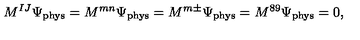
M ^ { I J } \Psi _ { \mathrm { p h y s } } = M ^ { m n } \Psi _ { \mathrm { p h y s } } = M ^ { m \pm } \Psi _ { \mathrm { p h y s } } = M ^ { 8 9 } \Psi _ { \mathrm { p h y s } } = 0 ,